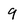
Character: q